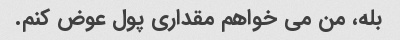
بله، من می خواهم مقداری پول عوض کنم.